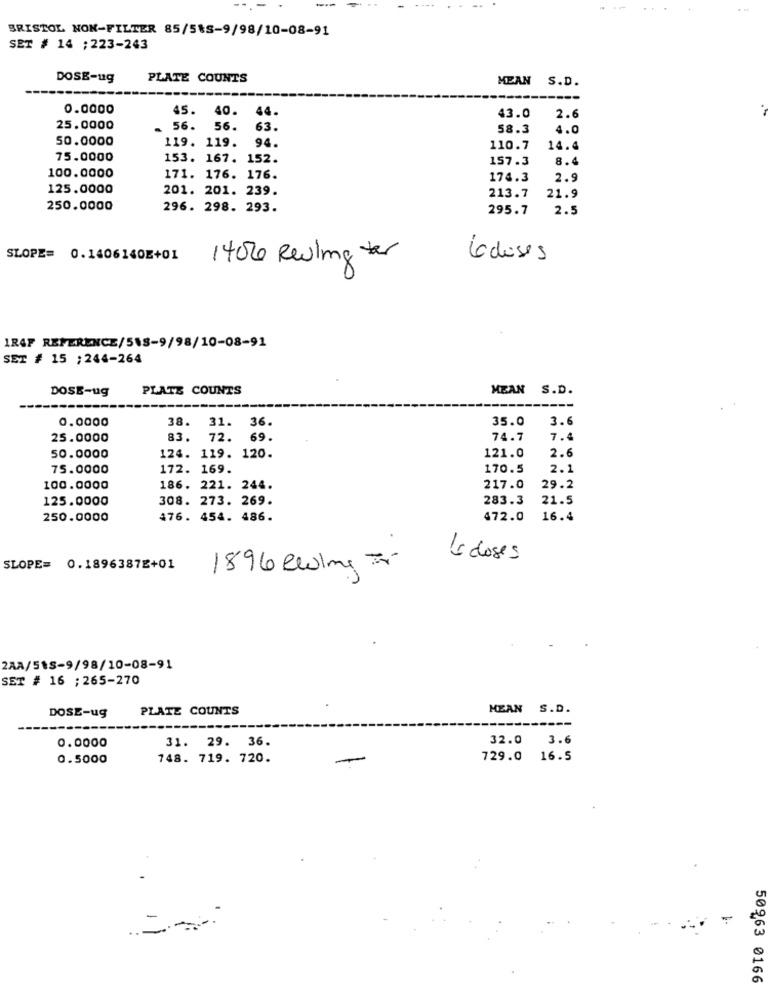
....
-
BRISTOL NON-FILTER 85/5ts-9/98/10-08-91
SET # 14 ; 223-243
DOSE-ug
PLATE COUNTS
MEAN S.D.
---
0.0000
45.
40.
44
43.0
2.6
25.0000
56.
56.
63.
58.3
4.0
50.0000
119. 119.
94.
110.7
14.4
75.0000
153. 167. 152.
157.3
8.4
100.0000
171. 176. 176.
174.3
2.9
125.0000
201. 201. 239.
213.7
21.9
250.0000
296. 298. 293.
295.7
2.5
SLOPE= 0.1406140E+01
1400 Reuling tor
6doses
IRAF REFERENCE/518-9/98/10-08-91
SET # 15 ; 244-264
DOSE-ug
PLATE COUNTS
MEAN S.D.
0.0000
38. 31. 36.
35.0
3.6
25.0000
83.
72.
69.
74.7
7.4
2.6
50.0000
124. 119. 120.
121.0
75.0000
172. 169.
170.5
2.1
100.0000
186. 221. 244.
217.0
29.2
125.0000
308. 273. 269.
283.3
21.5
250.0000
176. 454. 486.
472.0
16.4
4 doses
SLOPE= 0.1896387E+01
1896 Reine =
2AA/51S-9/98/10-08-91
SET # 16 ; 265-270
DOSE-ug
PLATE COUNTS
MEAN
S.D.
0.0000
32.0
3.6
31. 29. 36.
0.5000
748. 719. 720.
-
729.0 16.5
50963 0166